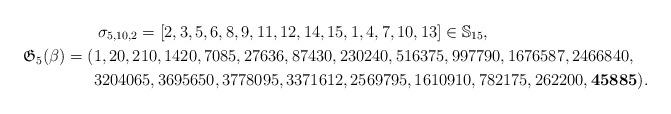
LaTeX: \begin{gather*}\sigma_{5,10,2}=[2,3,5,6,8,9,11,12,14,15,1,4,7,10,13] \in \mathbb{S}_{15}, \\\mathfrak{G}_{5}(\beta)= (1,20,210,1420,7085,27636,87430,230240,516375,997790,1676587,2466840,\\\hphantom{\mathfrak{G}_{5}(\beta)= (}{}3204065,3695650,3778095,3371612,2569795,1610910,782175,262200,{\bf 45885}).\end{gather*}